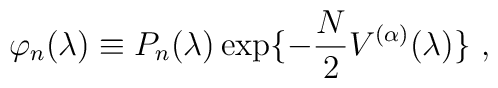
\varphi_n(\lambda)\equiv P_n(\lambda)\exp\{-\frac{N}{2}V^{(\alpha)}(\lambda) \} \ ,